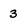
Character: 3